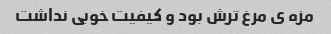
مزه ى مرغ ترش بود و کیفیت خوبى نداشت